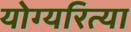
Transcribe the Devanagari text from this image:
योग्यरित्या